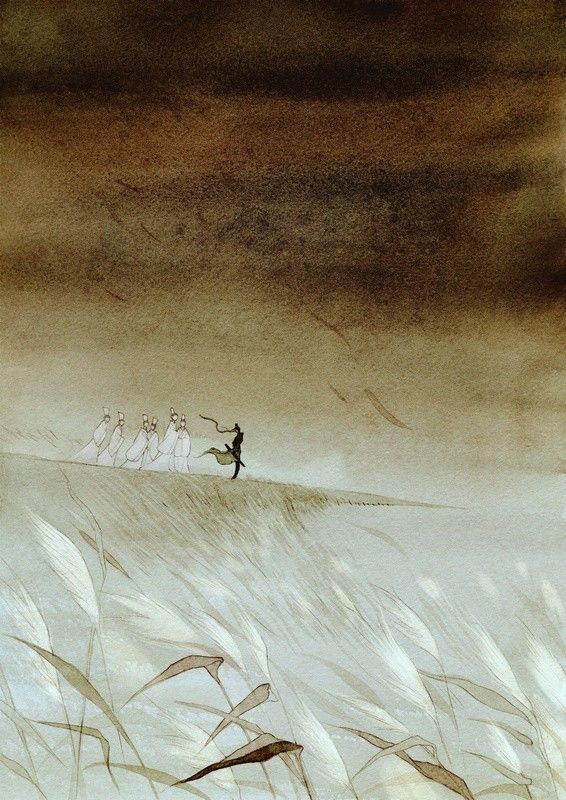
月出于东山之上，徘徊于斗牛之间。